Report on vaccination in the Province of Bengal - 1874-1889
Year: 1874
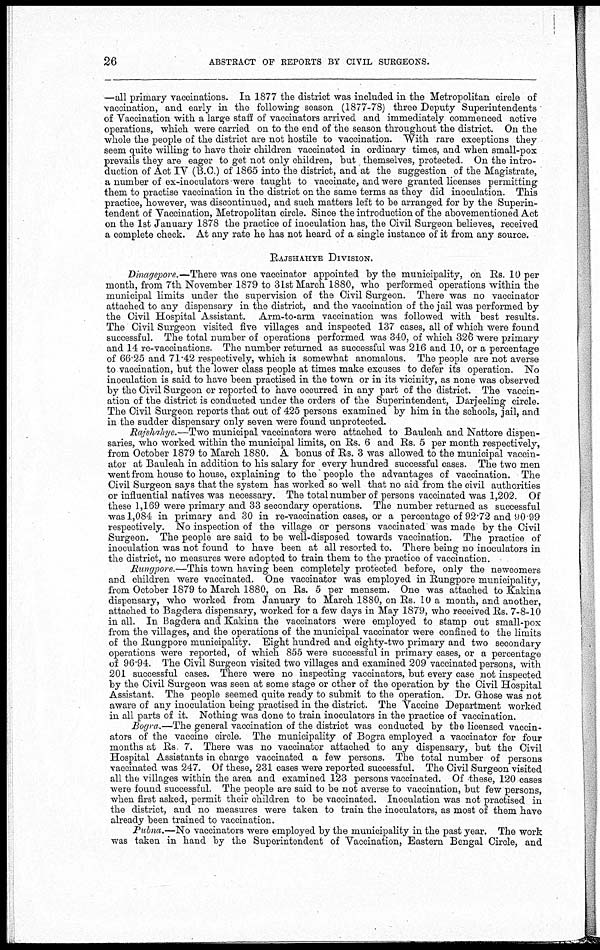
26
ABSTRACT OF REPORTS BY CIVIL SURGEONS.
—all primary vaccinations. In 1877 the district was included in the Metropolitan circle of
vaccination, and early in the following season (1877-78) three Deputy Superintendents
of Vaccination with a large staff of vaccinators arrived and immediately commenced active
operations, which were carried on to the end of the season throughout the district. On the
whole the people of the district are not hostile to vaccination. With rare exceptions they
seem quite willing to have their children vaccinated in ordinary times, and when small-pox
prevails they are eager to get not only children, but themselves, protected. On the intro-
duction of Act IV (B.C.) of 1865 into the district, and at the suggestion of the Magistrate,
a number of ex-inoculators were taught to vaccinate, and were granted licenses permitting
them to practise vaccination in the district on the same terms as they did inoculation. This
practice, however, was discontinued, and such matters left to be arranged for by the Superin-
tendent of Vaccination, Metropolitan circle. Since the introduction of the abovementioned Act
on the 1st January 1878 the practice of inoculation has, the Civil Surgeon believes, received
a complete check. At any rate he has not heard of a single instance of it from any source.
RAJSHAHYE DIVISION.
Dinagepore.—There was one vaccinator appointed by the municipality, on Rs. 10 per
month, from 7th November 1879 to 31st March 1880, who performed operations within the
municipal limits under the supervision of the Civil Surgeon. There was no vaccinator
attached to any dispensary in the district, and the vaccination of the jail was performed by
the Civil Hospital Assistant. Arm-to-arm vaccination was followed with best results.
The Civil Surgeon visited five villages and inspected 137 cases, all of which were found
successful. The total number of operations performed was 340, of which 326 were primary
and 14 re-vaccinations. The number returned as successful was 216 and 10, or a percentage
of 66.25 and 71.42 respectively, which is somewhat anomalous. The people are not averse
to vaccination, but the lower class people at times make excuses to defer its operation. No
inoculation is said to have been practised in the town or in its vicinity, as none was observed
by the Civil Surgeon or reported to have occurred in any part of the district. The vaccin-
ation of the district is conducted under the orders of the Superintendent, Darjeeling circle.
The Civil Surgeon reports that out of 425 persons examined by him in the schools, jail, and
in the sudder dispensary only seven were found unprotected.
Rajshahye.—Two municipal vaccinators were attached to Bauleah and Nattore dispen-
saries, who worked within the municipal limits, on Rs. 6 and Rs. 5 per month respectively,
from October 1879 to March 1880. A bonus of Rs. 3 was allowed to the municipal vaccin-
ator at Bauleah in addition to his salary for every hundred successful cases. The two men
went from house to house, explaining to the people the advantages of vaccination. The
Civil Surgeon says that the system has worked so well that no aid from the civil authorities
or influential natives was necessary. The total number of persons vaccinated was 1,202. Of
these 1,169 were primary and 33 secondary operations. The number returned as successful
was 1,084 in primary and 30 in re-vaccination cases, or a percentage of 92.72 and 90.99
respectively. No inspection of the village or persons vaccinated was made by the Civil
Surgeon. The people are said to be well-disposed towards vaccination. The practice of
inoculation was not found to have been at all resorted to. There being no inoculators in
the district, no measures were adopted to train them to the practice of vaccination.
Rungpore.—This town having been completely protected before, only the newcomers
and children were vaccinated. One vaccinator was employed in Rungpore municipality,
from October 1879 to March 1880, on Rs. 5 per mensem. One was attached to Kakina
dispensary, who worked from January to March 1880, on Rs. 10 a month, and another,
attached to Bagdera dispensary, worked for a few days in May 1879, who received Rs. 7-8-10
in all. In Bagdera and Kakina the vaccinators were employed to stamp out small-pox
from the villages, and the operations of the municipal vaccinator were confined to the limits
of the Rungpore.municipality. Eight hundred and eighty-two primary and two secondary
operations were reported, of which 855 were successful in primary cases, or a percentage
of 96.94. The Civil Surgeon visited two villages and examined 209 vaccinated persons, with
201 successful cases. There were no inspecting vaccinators, but every case not inspected
by the Civil Surgeon was seen at some stage or other of the operation by the Civil Hospital
Assistant. The people seemed quite ready to submit to the operation. Dr. Ghose was not
aware of any inoculation being practised in the district. The Vaccine Department worked
in all parts of it. Nothing was done to train inoculators in the practice of vaccination.
Bogra.—The general vaccination of the district was conducted by the licensed vaccin-
ators of the vaccine circle. The municipality of Bogra employed a vaccinator for four
months at Rs 7. There was no vaccinator attached to any dispensary, but the Civil
Hospital Assistants in charge vaccinated a few persons. The total number of persons
vaccinated was 247. Of these, 231 cases were reported successful. The Civil Surgeon visited
all the villages within the area and examined 123 persons vaccinated. Of these, 120 cases
were found successful. The people are said to be not averse to vaccination, but few persons,
when first asked, permit their children to be vaccinated. Inoculation was not practised in
the district, and no measures were taken to train the inoculators, as most of them have
already been trained to vaccination.
Pubna.—No vaccinators were employed by the municipality in the past year. The work
was taken in hand by the Superintendent of Vaccination, Eastern Bengal Circle, and